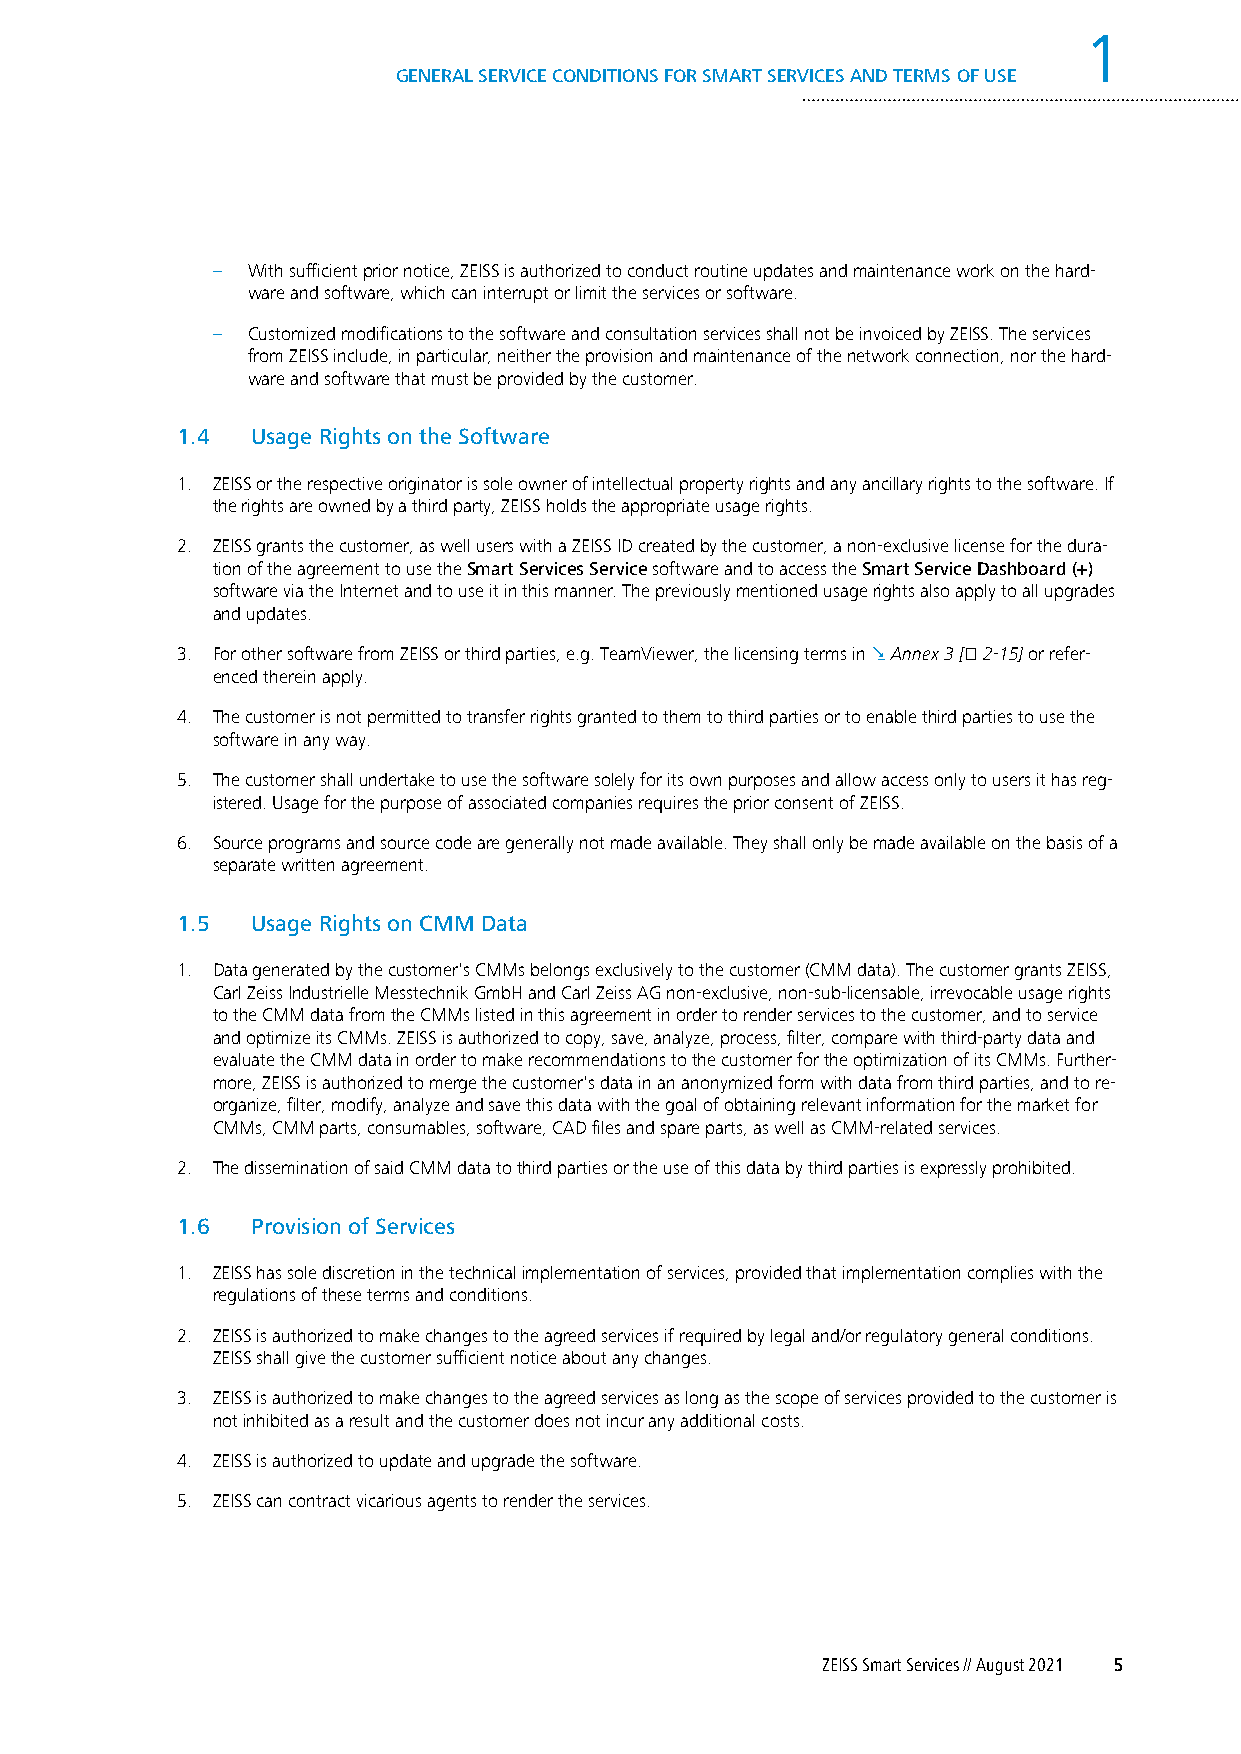
1
 GENERAL SERVICE CONDITIONS FOR SMART SERVICES AND TERMS OF USE
 – With sufficient prior notice, ZEISS is authorized to conduct routine updates and maintenance work on the hard-
 ware and software, which can interrupt or limit the services or software.
 – Customized modifications to the software and consultation services shall not be invoiced by ZEISS. The services
 from ZEISS include, in particular, neither the provision and maintenance of the network connection, nor the hard-
 ware and software that must be provided by the customer.
 1.4  Usage Rights on the Software
 1. ZEISS or the respective originator is sole owner of intellectual property rights and any ancillary rights to the software. If
 the rights are owned by a third party, ZEISS holds the appropriate usage rights.
 2. ZEISS grants the customer, as well users with a ZEISS ID created by the customer, a non-exclusive license for the dura-
 tion of the agreement to use the Smart Services Service software and to access the Smart Service Dashboard (+)
 software via the Internet and to use it in this manner. The previously mentioned usage rights also apply to all upgrades
 and updates.
 3. For other software from ZEISS or third parties, e.g. TeamViewer, the licensing terms in . Annex 3 [⇨ 2-15] or refer-
 enced therein apply.
 4. The customer is not permitted to transfer rights granted to them to third parties or to enable third parties to use the
 software in any way.
 5. The customer shall undertake to use the software solely for its own purposes and allow access only to users it has reg-
 istered. Usage for the purpose of associated companies requires the prior consent of ZEISS.
 6. Source programs and source code are generally not made available. They shall only be made available on the basis of a
 separate written agreement.
 1.5  Usage Rights on CMM Data
 1. Data generated by the customer's CMMs belongs exclusively to the customer (CMM data). The customer grants ZEISS,
 Carl Zeiss Industrielle Messtechnik GmbH and Carl Zeiss AG non-exclusive, non-sub-licensable, irrevocable usage rights
 to the CMM data from the CMMs listed in this agreement in order to render services to the customer, and to service
 and optimize its CMMs. ZEISS is authorized to copy, save, analyze, process, filter, compare with third-party data and
 evaluate the CMM data in order to make recommendations to the customer for the optimization of its CMMs. Further-
 more, ZEISS is authorized to merge the customer's data in an anonymized form with data from third parties, and to re-
 organize, filter, modify, analyze and save this data with the goal of obtaining relevant information for the market for
 CMMs, CMM parts, consumables, software, CAD files and spare parts, as well as CMM-related services.
 2. The dissemination of said CMM data to third parties or the use of this data by third parties is expressly prohibited.
 1.6  Provision of Services
 1. ZEISS has sole discretion in the technical implementation of services, provided that implementation complies with the
 regulations of these terms and conditions.
 2. ZEISS is authorized to make changes to the agreed services if required by legal and/or regulatory general conditions.
 ZEISS shall give the customer sufficient notice about any changes.
 3. ZEISS is authorized to make changes to the agreed services as long as the scope of services provided to the customer is
 not inhibited as a result and the customer does not incur any additional costs.
 4. ZEISS is authorized to update and upgrade the software.
 5. ZEISS can contract vicarious agents to render the services.
 ZEISS Smart Services // August 2021 5